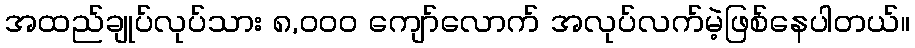
အထည်ချုပ်လုပ်သား ၈,၀၀၀ ကျော်လောက် အလုပ်လက်မဲ့ဖြစ်နေပါတယ်။